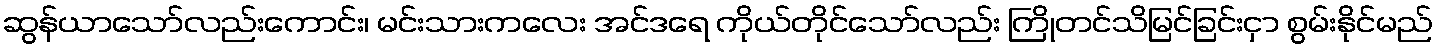
ဆွန်ယာသော်လည်းကောင်း၊ မင်းသားကလေး အင်ဒရေ ကိုယ်တိုင်သော်လည်း ကြိုတင်သိမြင်ခြင်းငှာ စွမ်းနိုင်မည်